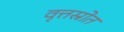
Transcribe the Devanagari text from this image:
वृत्तस्रोत